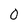
Character: 0